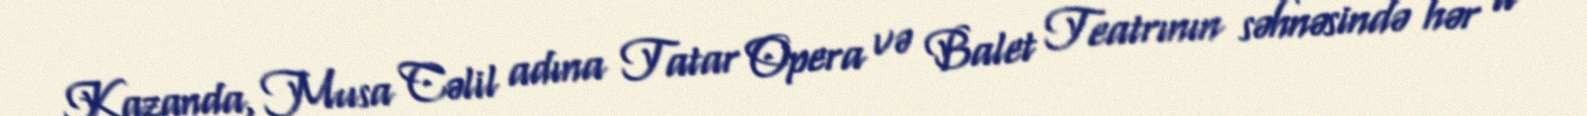
Kazanda, Musa Cəlil adına Tatar Opera və Balet Teatrının səhnəsində hər il